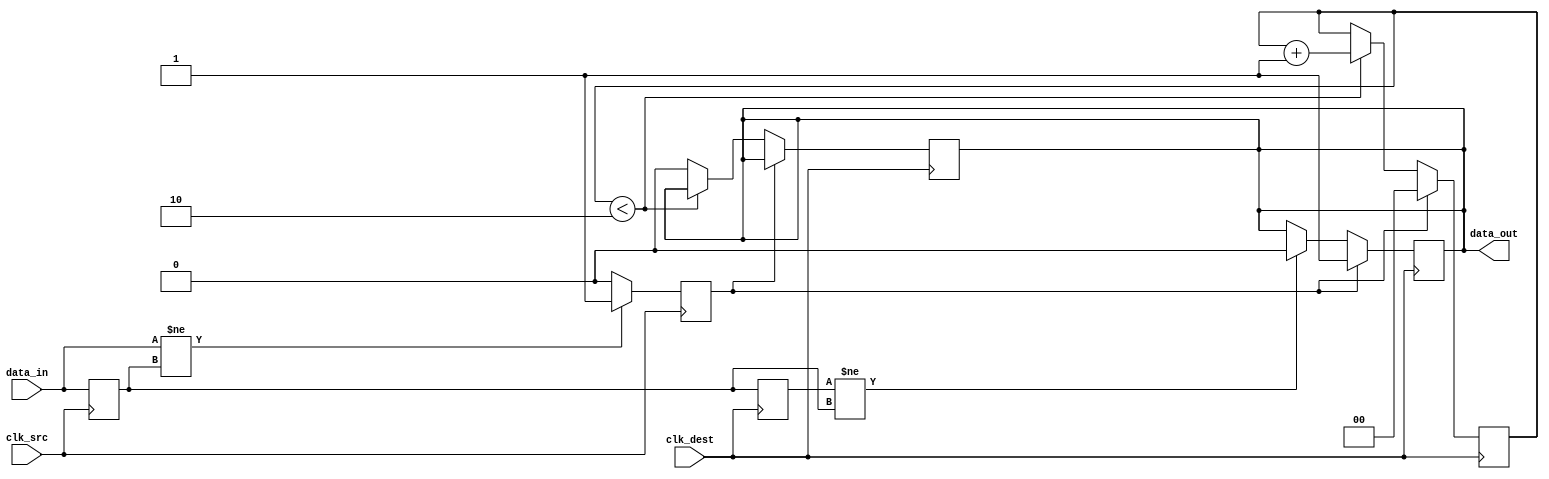
module pulsed_synchronizer (
    input wire clk_src,       // Source clock
    input wire clk_dest,      // Destination clock
    input wire data_in,       // Asynchronous input signal
    output reg data_out       // Synchronized output signal
);

    // Internal signals
    reg data_in_sync1;        // First stage of synchronization
    reg data_in_sync2;        // Second stage of synchronization
    reg pulse;                // Pulse signal

    // Parameters for pulse width
    parameter PULSE_WIDTH = 2; // Adjust pulse width as needed

    // Pulse generation logic
    always @(posedge clk_src) begin
        if (data_in != data_in_sync1) begin
            pulse <= 1'b1; // Generate pulse on change
        end else begin
            pulse <= 1'b0; // Reset pulse
        end
    end

    // Synchronize the input signal to the destination clock domain
    always @(posedge clk_src) begin
        data_in_sync1 <= data_in; // First flip-flop
    end

    always @(posedge clk_dest) begin
        data_in_sync2 <= data_in_sync1; // Second flip-flop
        if (pulse) begin
            data_out <= 1'b1; // Set output high on pulse
        end else if (data_in_sync2 != data_in_sync1) begin
            data_out <= 1'b0; // Reset output if no pulse
        end
    end

    // Pulse width control
    reg [1:0] pulse_counter; // Counter for pulse width
    always @(posedge clk_dest) begin
        if (pulse) begin
            pulse_counter <= 0; // Reset counter on pulse
        end else if (pulse_counter < PULSE_WIDTH) begin
            pulse_counter <= pulse_counter + 1; // Increment counter
        end else begin
            data_out <= 1'b0; // Reset output after pulse width
        end
    end

endmodule